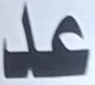
عد